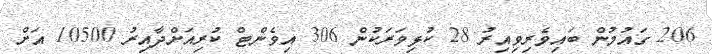
206 ގައުމުން ބައިވެރިވިއިރު 28 ކުޅިވަރަކުން 306 އިވެންޓް ކުރިއަށްދާއިރު 10500 އަށް